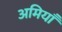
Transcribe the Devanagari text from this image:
अमियाँ